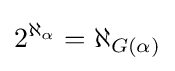
2^{\aleph _{\alpha }}=\aleph _{G(\alpha )}